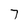
Character: 7